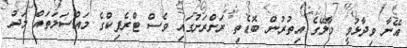
އޭނާ ވިދާޅުވީ މާލޭގެ އިތުރުން ބޮޑެތި ރަށްރަށުގައި ވެސް ޓްރެފިކްގެ މައްސަލަތައް މަދު